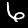
Digit: 6